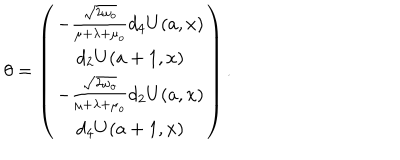
\theta = \left( \begin{array} { c } { { - \frac { \sqrt { 2 \omega _ { o } } } { \mu + \lambda + \mu _ { o } } d _ { 4 } U ( a , x ) } } \\ { { d _ { 2 } U ( a + 1 , x ) } } \\ { { - \frac { \sqrt { 2 \omega _ { o } } } { \mu + \lambda + \mu _ { o } } d _ { 2 } U ( a , x ) } } \\ { { d _ { 4 } U ( a + 1 , x ) } } \\ \end{array} \right) .